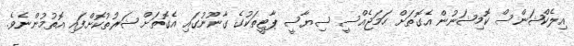
އިލެކްޝަންސް ކޮމިޝަނުން އެގޮތަށް ހަމަޖެއްސީ ސިޔާސީ ޕާޓީތަކުގެ ގާނޫނުގައި އެގޮތަށް ޝަރުތުކޮށްފައި އޮތުމުންނެވެ.